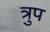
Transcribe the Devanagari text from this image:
त्रुप